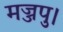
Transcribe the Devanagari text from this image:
मज्जपु।